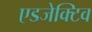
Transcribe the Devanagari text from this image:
एडजेक्टिव